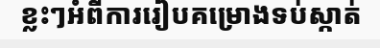
ខ្លះៗអំពីការរៀបគម្រោងទប់ស្កាត់